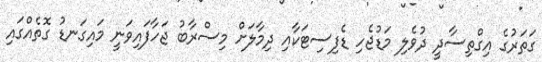
ގަތަރުގެ އިގްތިސާދީ ދުވެލި މަޑުޖެހި ޑެފިސިޓަކާއި ދިމާލަށް މިސްރާބު ޖަހާފައިވަނީ މައިގަނޑު ގޮތެއްގައި